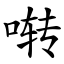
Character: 啭